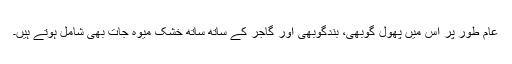
عام طور پر اِس میں پھول گوبھی، بندگوبھی اور گاجر کے ساتھ ساتھ خُشک میوہ جات بھی شامل ہوتے ہیں۔